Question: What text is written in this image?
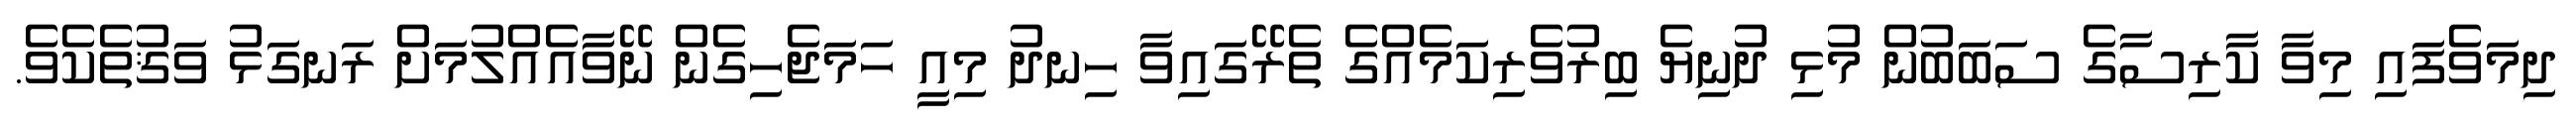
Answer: ދިމަވެފައި މިވާ ކާރިސާގެ ސަބަބުން މުޅި ދުނިޔެ ބިރުވެރިކަމެއްގެ ތެރޭގައިވާ ހިނދު މިއީ ހަމަޖެހިގެން ނޭވާއެއްލުމަށް ރަނގަޅު ވަޤުތެކެވެ.